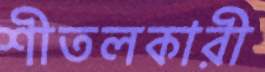
শীতলকারী